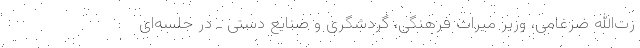
زت‌الله ضرغامی، وزیر میراث فرهنگی، گردشگری و صنایع دستی ـ در جلسه‌ای